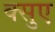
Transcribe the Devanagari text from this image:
क्सुए